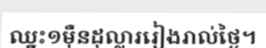
ឈ្នះ១ម៉ឺនដុល្លាររៀងរាល់ថ្ងៃ។